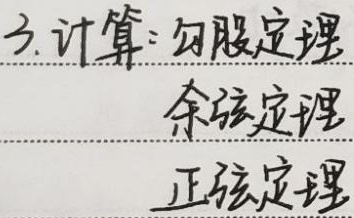
3. 计算：勾股定理   余弦定理   正弦定理